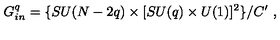
G _ { i n } ^ { q } = \{ S U ( N - 2 q ) \times [ S U ( q ) \times U ( 1 ) ] ^ { 2 } \} / C ^ { \prime } \ ,